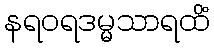
နရဝရဒမ္မသာရထိံ